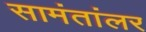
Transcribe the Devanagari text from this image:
सामंतांलर